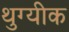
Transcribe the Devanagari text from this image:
थुग्यीक